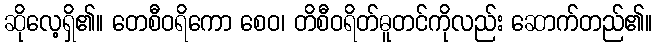
ဆိုလေ့ရှိ၏။ တေစီဝရိကော စေဝ၊ တိစီဝရိတ်ဓူတင်ကိုလည်း ဆောက်တည်၏။